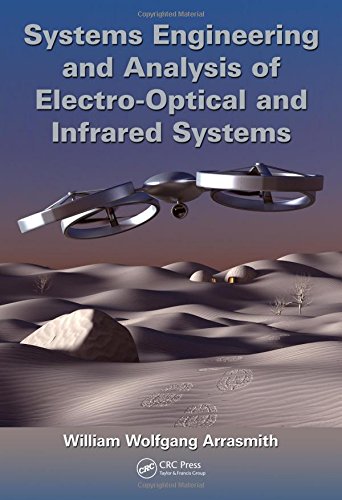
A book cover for Systems Engineering and Analysis of Electro-Optical and Infrared Systems; William Wolfgang Arrasmith; Science & Math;